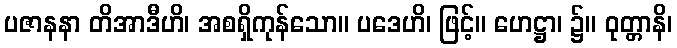
ပဇာနနာ တိအာဒီဟိ၊ အစရှိကုန်သော။ ပဒေဟိ၊ ဖြင့်။ ဟေဋ္ဌာ၊ ၌။ ဝုတ္တာနိ၊